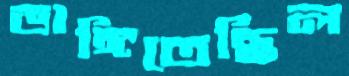
ভাঙ্গিতেছিল